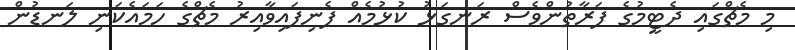
މި މެޗްގައި ދެޓީމުގެ ފަރާތުންވެސް ރަނގަޅު ކުޅުމެއް ފެނިފައިވާއިރު މެޗްގެ ހަމައެކަނި ލަނޑުން